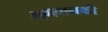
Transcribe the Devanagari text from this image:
भगवानकी